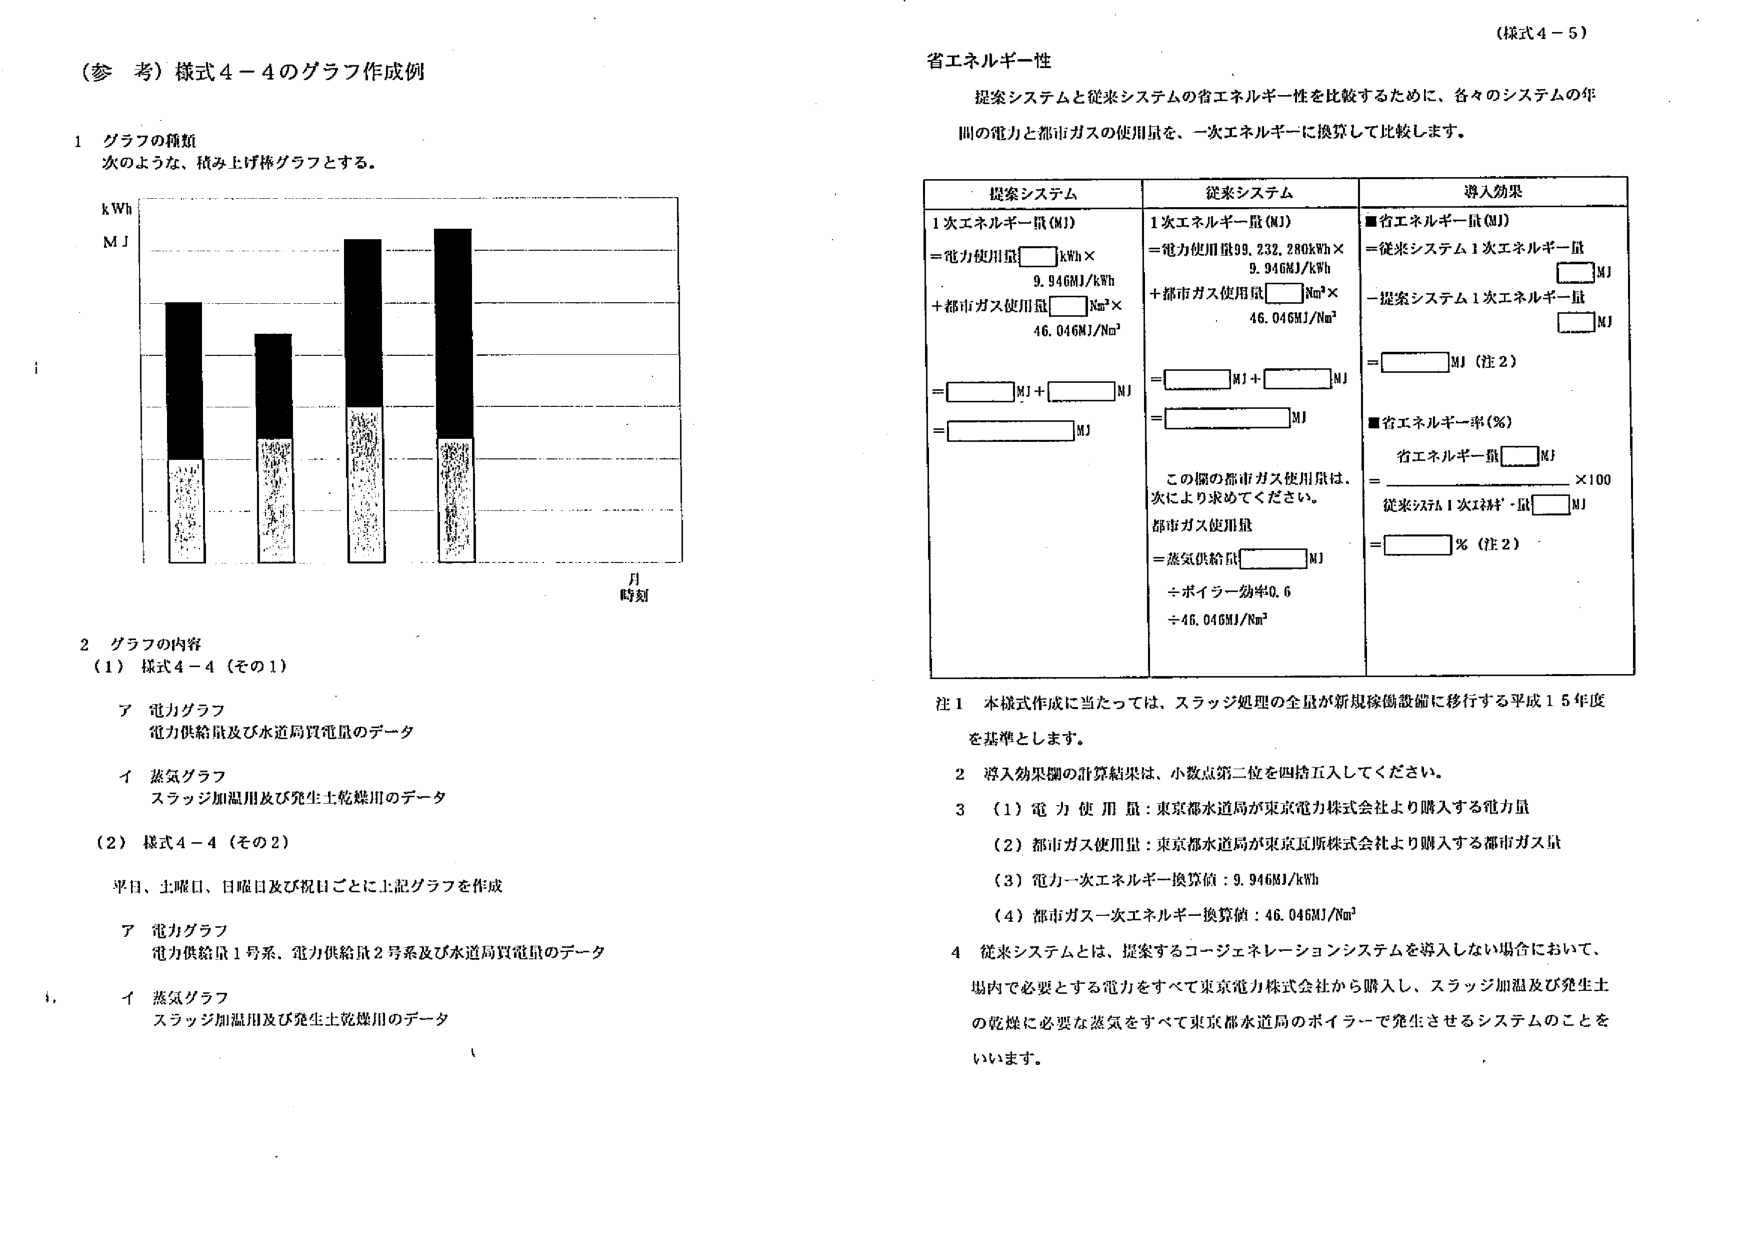
（参 考）様式４－４のグラフ作成例

１ グラフの種類
次のような、積み上げ棒グラフとする。

kWh
MJ

月
時刻

２ グラフの内容
（１）様式４－４（その１）
　ア 電力グラフ
　　電力供給量及び水道局買電量のデータ
　イ 蒸気グラフ
　　スラッジ加温用及び発生土乾燥用のデータ

（２）様式４－４（その２）
　平日、土曜日、日曜日及び祝日ごとに上記グラフを作成
　　ア 電力グラフ
　　　電力供給量１号系、電力供給量２号系及び水道局買電量のデータ
　　イ 蒸気グラフ
　　　スラッジ加温用及び発生土乾燥用のデータ

省エネルギー性
　提案システムと従来システムの省エネルギー性を比較するために、各々のシステムの年間の電力と都市ガスの使用量を、一次エネルギーに換算して比較します。

| 提案システム | 従来システム | 導入効果 |
|--------------|--------------|----------|
| 1次エネルギー量（MJ）<br>=電力使用量□kWh×<br>　　9.946MJ/kWh<br>+都市ガス使用量□Nm³×<br>　　46.046MJ/Nm³<br>=□MJ+□MJ<br>=□MJ | 1次エネルギー量（MJ）<br>=電力使用量99,232.280kWh×<br>　　9.946MJ/kWh<br>+都市ガス使用量□Nm³×<br>　　46.046MJ/Nm³<br>=□MJ+□MJ<br>=□MJ<br><br>この欄の都市ガス使用量は、<br>次により求めてください。<br>都市ガス使用量<br>=蒸気供給量□MJ<br>÷ボイラー効率0.6<br>=46.046MJ/Nm³ | ■省エネルギー量（MJ）<br>=従来システム1次エネルギー量□MJ<br>－提案システム1次エネルギー量□MJ<br>=□MJ（注２）<br><br>■省エネルギー率（％）<br>省エネルギー量□MJ<br>=<br>従来システム1次エネルギー量□MJ<br>×100<br>=□％（注２） |

注１ 本様式作成に当たっては、スラッジ処理の全量が新規焼却設備に移行する平成１５年度を基準とします。
　２ 導入効果欄の計算結果は、小数点第二位を四捨五入してください。
　３ （１）電力使用量：東京都水道局が東京電力株式会社より購入する電力量
　　（２）都市ガス使用量：東京都水道局が東京瓦斯株式会社より購入する都市ガス量
　　（３）電力一次エネルギー換算値：9.946MJ/kWh
　　（４）都市ガス一次エネルギー換算値：46.046MJ/Nm³
　４ 従来システムとは、提案するコージェネレーションシステムを導入しない場合において、場内で必要とする電力をすべて東京電力株式会社から購入し、スラッジ加温及び発生土の乾燥に必要な蒸気をすべて東京都水道局のボイラーで発生させるシステムのことをいいます。

（様式４－５）